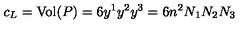
c _ { L } = \mathrm { V o l } ( P ) = 6 y ^ { 1 } y ^ { 2 } y ^ { 3 } = 6 n ^ { 2 } N _ { 1 } N _ { 2 } N _ { 3 }